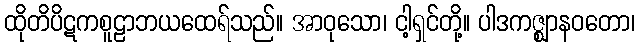
ထိုတိပိဋကစူဠာဘယထေရ်သည်။ အာဝုသော၊ ငါ့ရှင်တို့။ ပါဒကဇ္ဈာနဝတော၊